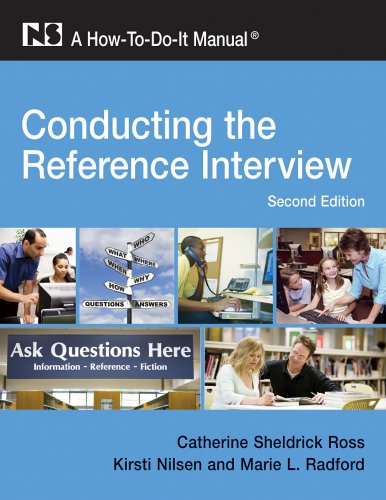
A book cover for Conducting the Reference Interview: A How-To-Do-It Manual for Librarians, Second Edition (How to Do It Manuals for Librarians); Catherine Sheldrick Ross; Computers & Technology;